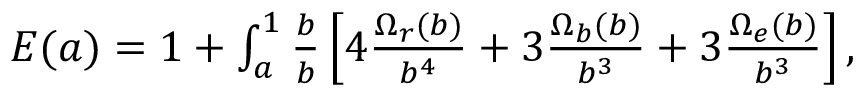
\begin{array} { r } { E ( a ) = 1 + \int _ { a } ^ { 1 } \frac { \d b } { b } \left[ 4 \frac { \Omega _ { r } ( b ) } { b ^ { 4 } } + 3 \frac { \Omega _ { b } ( b ) } { b ^ { 3 } } + 3 \frac { \Omega _ { e } ( b ) } { b ^ { 3 } } \right] , } \end{array}